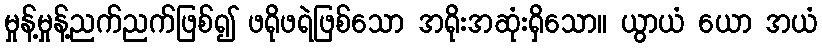
မှုန့်မှုန့်ညက်ညက်ဖြစ်၍ ဖရိုဖရဲဖြစ်သော အရိုးအဆုံးရှိသော။ ယွာယံ ယော အယံ